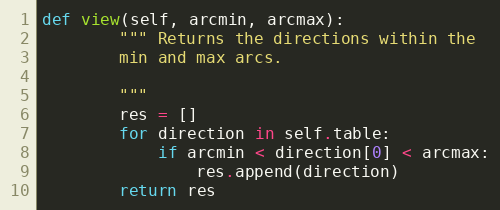
Language: Python
def view(self, arcmin, arcmax):
        """ Returns the directions within the
        min and max arcs.

        """
        res = []
        for direction in self.table:
            if arcmin < direction[0] < arcmax:
                res.append(direction)
        return res